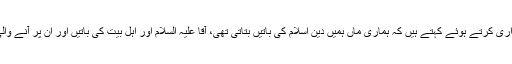
شہیدہ کے معصوم بچے گریہ زاری کرتے ہوئے کہتے ہیں کہ ہماری ماں ہمیں دین اسلام کی باتیں بتاتی تھی، آقا علیہ السلام اور اہل بیت کی باتیں اور ان پر آنے والی تکالیف کے قصے سناتی تھیں۔